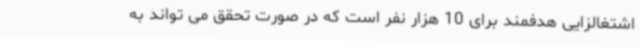
اشتغالزایی هدفمند برای 10 هزار نفر است که در صورت تحقق می تواند به